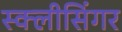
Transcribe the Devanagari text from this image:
स्क्लीसिंगर